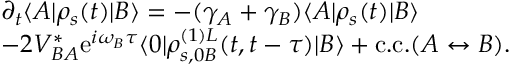
\begin{array} { r l } & { \partial _ { t } \langle A | \rho _ { s } ( t ) | B \rangle = - ( \gamma _ { A } + \gamma _ { B } ) \langle A | \rho _ { s } ( t ) | B \rangle } \\ & { - 2 V _ { B A } ^ { * } \mathrm { e } ^ { i \omega _ { B } \tau } \langle 0 | \rho _ { s , 0 B } ^ { ( 1 ) L } ( t , t - \tau ) | B \rangle + \mathrm { c . c . } ( A \leftrightarrow B ) . } \end{array}